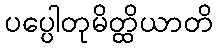
ပပ္ပေါတုမိတ္ထိယာတိ